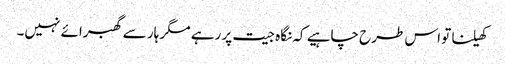
کھیلنا تو اس طرح چاہیے کہ نگاہ جیت پر رہے مگر ہار سے گھبرائے نہیں۔